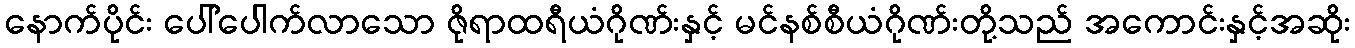
နောက်ပိုင်း ပေါ်ပေါက်လာသော ဇိုရာထရီယံဂိုဏ်းနှင့် မင်နစ်စီယံဂိုဏ်းတို့သည် အကောင်းနှင့်အဆိုး